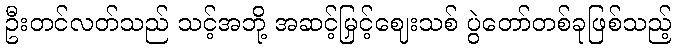
ဦးတင်လတ်သည် သင့်အဘို့ အဆင့်မြှင့်ဈေးသစ် ပွဲတော်တစ်ခုဖြစ်သည့်